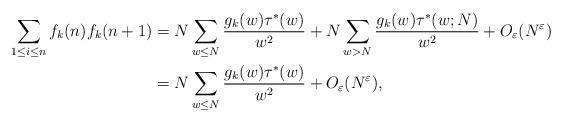
LaTeX: \begin{align*}\sum\limits_{1\leq i\leq n}f_k(n)f_k(n+1)&=N\sum_{w\leq N}\frac{g_k(w)\tau^*(w)}{w^2}+N\sum_{w>N}\frac{g_k(w)\tau^*(w;N)}{w^2}+O_{\varepsilon}(N^{\varepsilon})\\&=N\sum_{w\leq N}\frac{g_k(w)\tau^*(w)}{w^2}+O_{\varepsilon}(N^{\varepsilon}),\end{align*}